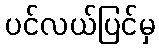
ပင်လယ်ပြင်မှ